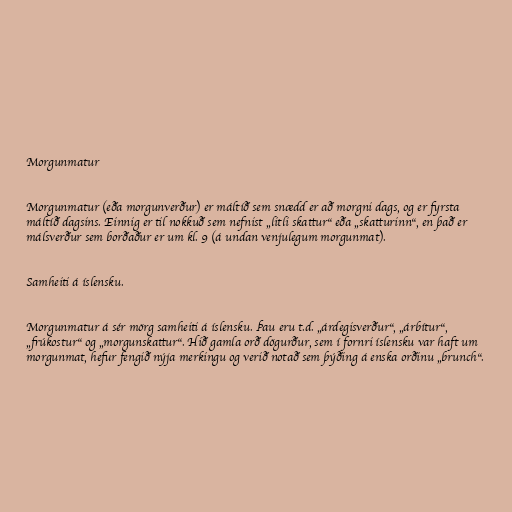
Morgunmatur

Morgunmatur (eða morgunverður) er máltíð sem snædd er að morgni dags, og er fyrsta
máltíð dagsins. Einnig er til nokkuð sem nefnist „litli skattur“ eða „skatturinn“, en það er
málsverður sem borðaður er um kl. 9 (á undan venjulegum morgunmat).

Samheiti á íslensku.

Morgunmatur á sér mörg samheiti á íslensku. Þau eru t.d. „árdegisverður“, „árbítur“,
„frúkostur“ og „morgunskattur“. Hið gamla orð dögurður, sem í fornri íslensku var haft um
morgunmat, hefur fengið nýja merkingu og verið notað sem þýðing á enska orðinu „brunch“.